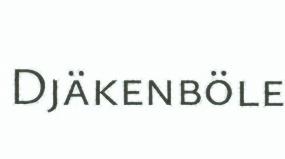
Djäkenböle